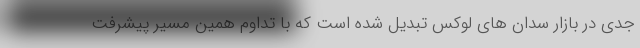
جدی در بازار سدان های لوکس تبدیل شده است که با تداوم همین مسیر پیشرفت